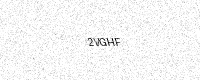
Text: 2VGHF